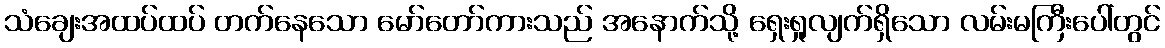
သံချေးအထပ်ထပ် တက်နေသော မော်တော်ကားသည် အနောက်သို့ ရှေးရှုလျက်ရှိသော လမ်းမကြီးပေါ်တွင်